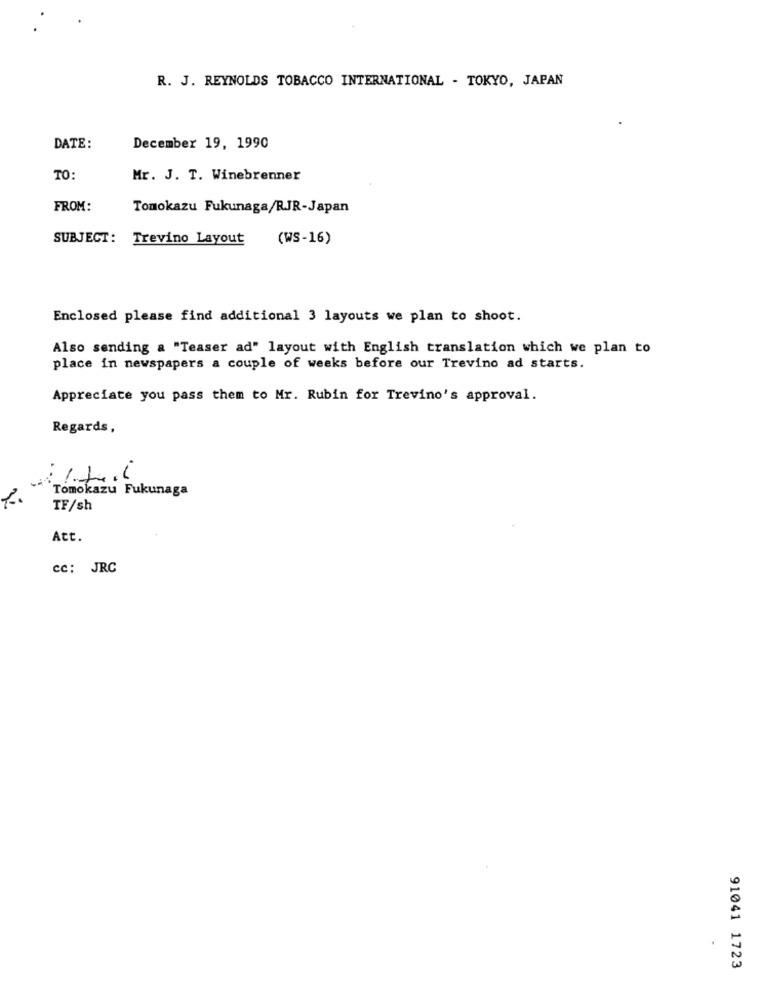
R. J. REYNOLDS TOBACCO INTERNATIONAL - TOKYO, JAPAN
DATE:
December 19, 1990
TO:
Mr. J. T. Winebrenner
FROM:
Tomokazu Fukunaga/RJR-Japan
SUBJECT: Trevino Layout
(WS-16)
Enclosed please find additional 3 layouts we plan to shoot.
Also sending a "Teaser ad" layout with English translation which we plan to
place in newspapers a couple of weeks before our Trevino ad starts.
Appreciate you pass them to Mr. Rubin for Trevino's approval.
Regards,
Tomokazu Fukunaga
TF/sh
Att.
cc: JRC
91041 1723